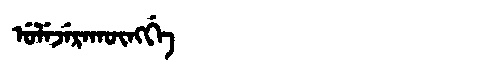
Manchu: ᡠᠯᡝᠵᡝᡵᠠᡴᡡᠩᡤᡝ
Romanization: ULEJERAKŪNGGE